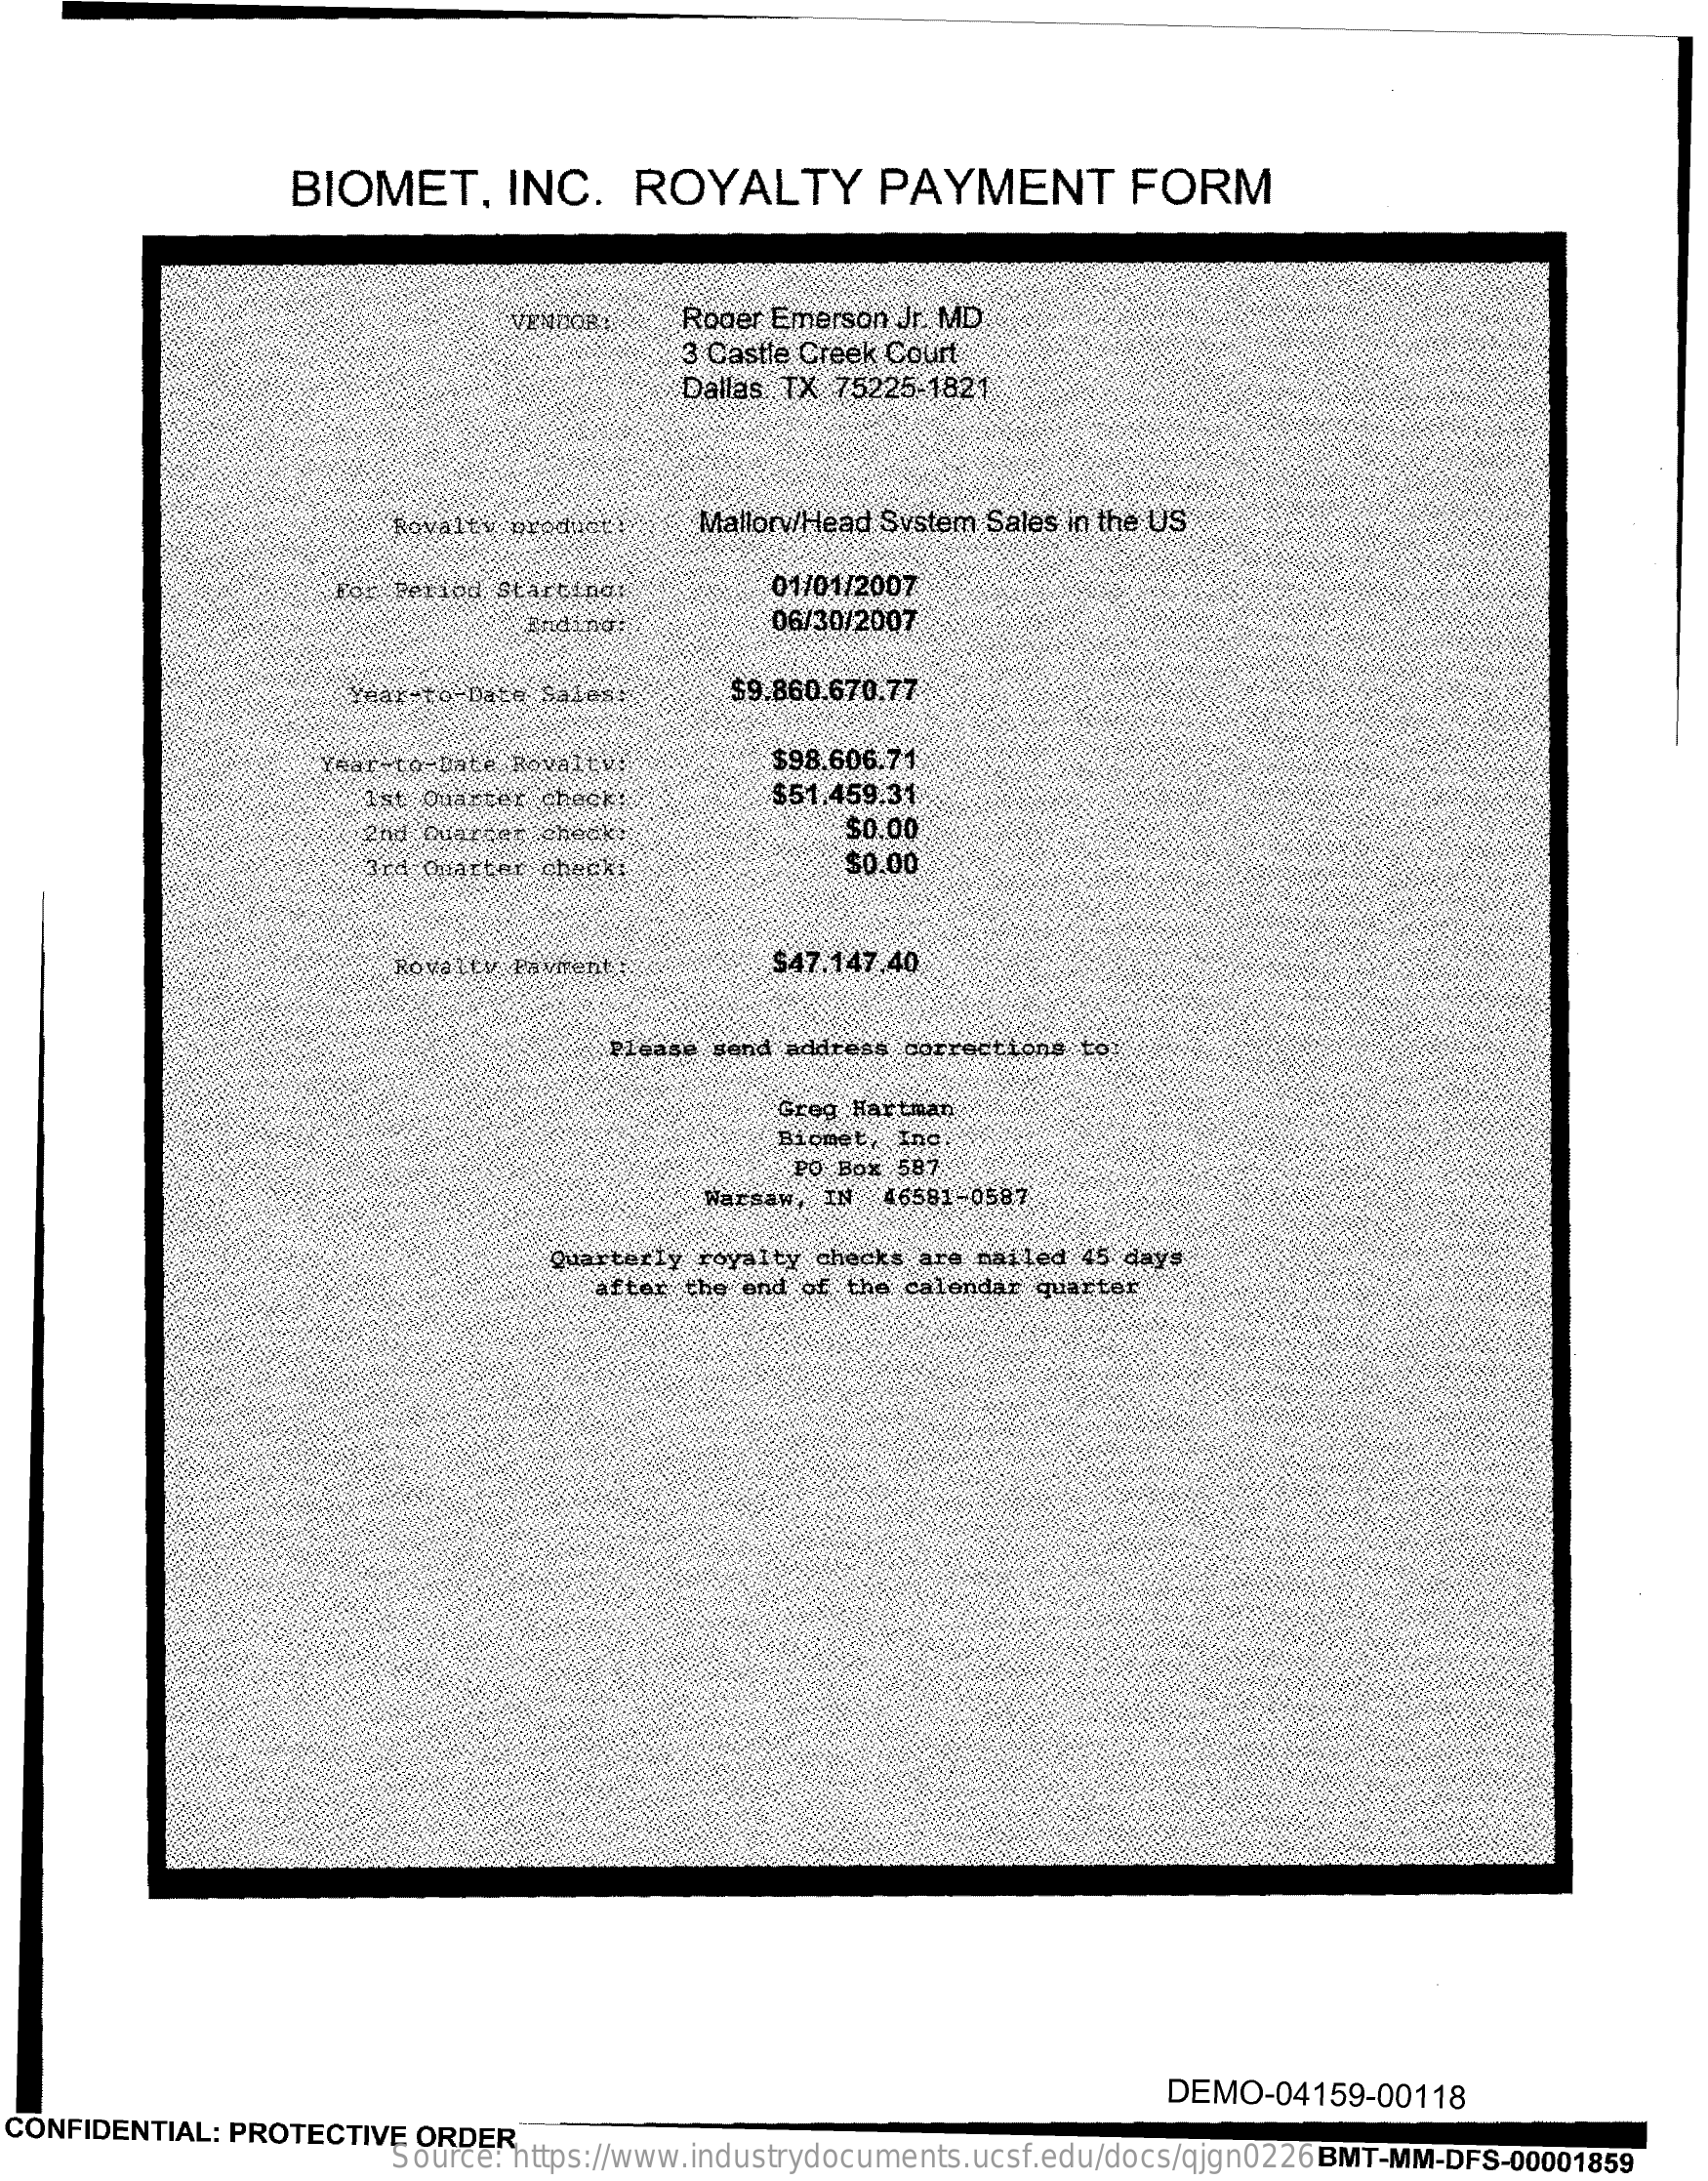
BIOMET,    INC.    ROYALTY    PAYMENT    FORM
     VENDOR    Roger Emerson Jr. MD
     3 Castle Creek Court
     Dallas TX 75225-1821
     Rovaltv product    Mallorw/Head System Sales in the US
     For Ferand Startingi    01/01/2007
     06/30/2007
     Year-to-pate Sales .;   $9.860.670.77
     lear-to-Date Rovaltv:    $98.606.71
     1st Quarter cheeky;    $51.459.31
     $0.00
     Bra Quarter check:    $0.00
     Royalty Payments    $47.147.40
     send address corrections to
     Grog Hartman
     Biomet, ino
     PO Box 587
     Warsaw, IN 46581-0587
     Quarterly royalty checks are nailed 45 days
     after the end of the calendar quarter
     DEMO-04159-00118
  CONFIDENTIAL: PROTECTIVE ORDER
     Source: https://www.industrydocuments.ucsf.edu/docs/qjgn0226 BMT-MM-DFS-00001859